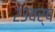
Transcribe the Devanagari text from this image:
२३वर्ष